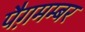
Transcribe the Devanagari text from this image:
पैग़मम्बर